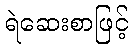
ရဲဆေးစာဖြင့်